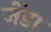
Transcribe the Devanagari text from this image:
जेंडा